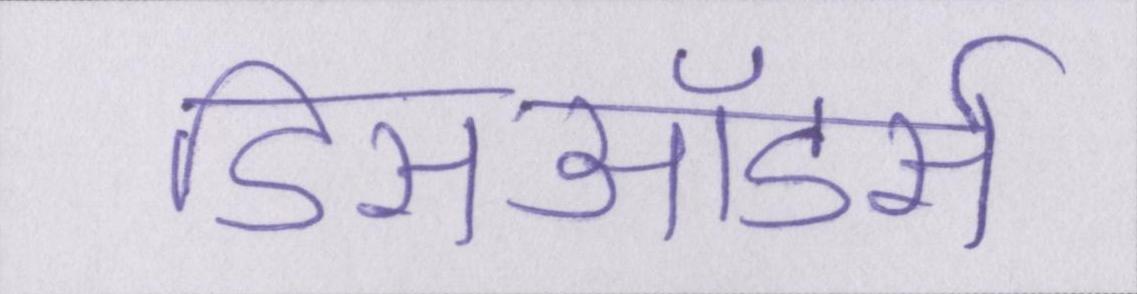
डिसऑडर्स